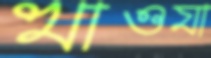
খাওযা